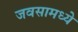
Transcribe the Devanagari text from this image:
जवसामध्ये